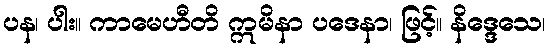
ပန၊ ပါး။ ကာမေဟီတိ ဣမိနာ ပဒေနာ၊ ဖြင့်။ နိဒ္ဒေသေ၊